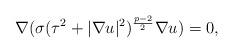
LaTeX: \begin{align*}\nabla(\sigma(\tau^2+|\nabla u|^2)^\frac{p-2}{2}\nabla u)=0,\end{align*}